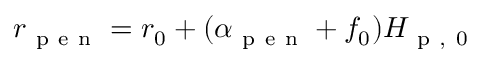
r _ { \mathrm { ~ p ~ e ~ n ~ } } = r _ { 0 } + ( \alpha _ { \mathrm { ~ p ~ e ~ n ~ } } + f _ { 0 } ) H _ { \mathrm { ~ p ~ , ~ 0 ~ } }